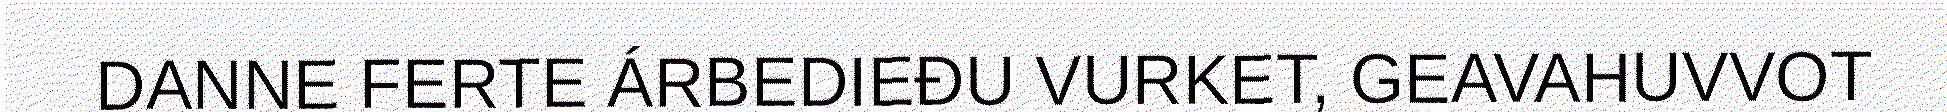
DANNE FERTE ÁRBEDIEĐU VURKET, GEAVAHUVVOT